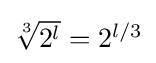
{\textstyle {\sqrt[{3}]{2^{l}}}=2^{l/3}}